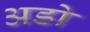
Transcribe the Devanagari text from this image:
अडो